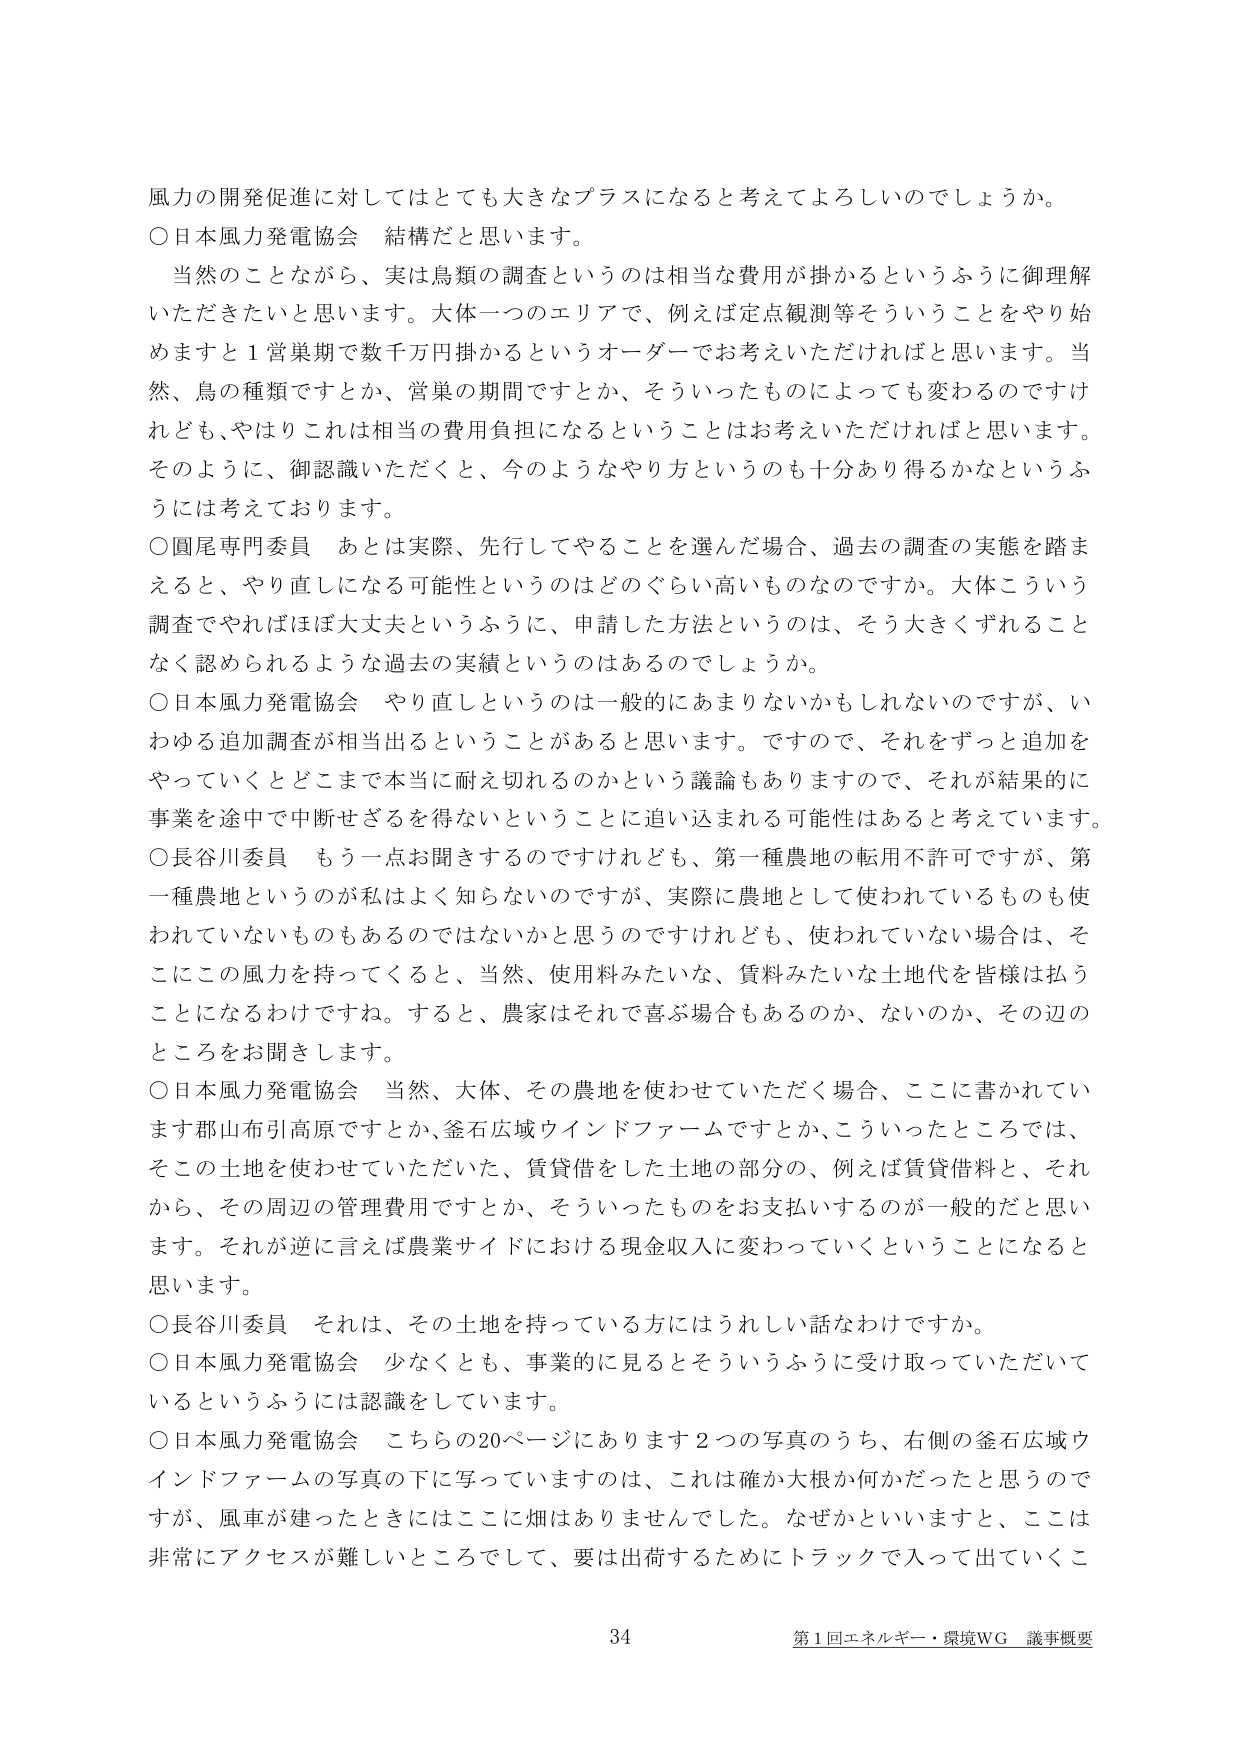
風力の開発促進に対してはとても大きなプラスになると考えてよろしいのでしょうか。
○日本風力発電協会　結構だと思います。
　当然のことながら、実は鳥類の調査というのは相当な費用が掛かるというふうに御理解いただきたいと思います。大体一つのエリアで、例えば定点観測等そういうことをやり始めますと１営巣期で数千万円掛かるというオーダーでお考えいただければと思います。当然、鳥の種類ですとか、営巣の期間ですとか、そういったものによっても変わるのですけれども、やはりこれは相当の費用負担になるということはお考えいただければと思います。そのように、御認識いただくと、今のようなやり方というのも十分あり得るかなというふうには考えております。
○圓尾専門委員　あとは実際、先行してやることを選んだ場合、過去の調査の実態を踏まえると、やり直しになる可能性というのはどのぐらい高いものなのでしょうか。大体こういう調査でやればほぼ大丈夫というふうに、申請した方法というのは、そう大きくずれることなく認められるような過去の実績というのはあるのでしょうか。
○日本風力発電協会　やり直しというのは一般的にあまりないかもしれないのですが、いわゆる追加調査が相当出るということがあると思います。ですので、それをずっと追加をやっていくとどこまで本当に耐え切れるのかという議論もありますので、それが結果的に事業を途中で中断せざるを得ないということに追い込まれる可能性はあると考えています。
○長谷川委員　もう一点お聞きするのですけれども、第一種農地の転用不許可ですが、第一種農地というのが私はよく知らないのですが、実際に農地として使われているものも使われていないものもあるのではないかなと思うのですけれども、使われていない場合は、そこにこの風力を持ってくると、当然、使用料みたいな、賃料みたいな土地代を皆様は払うことになるわけですね。すると、農家はそれで喜ぶ場合もあるのか、ないのか、その辺のところをお聞きします。
○日本風力発電協会　当然、大体、その農地を使わせていただく場合、ここに書かれています郡山布引高原ですとか、釜石広域ウインドファームですとか、こういったところでは、そこの土地を使わせていただいた、賃貸借をした土地の部分の、例えば賃貸借料と、それから、その周辺の管理費用ですとか、そういったものをお支払いするのが一般的だと思います。それが逆に言えば農業サイドにおける現金収入に変わっていくということになると思います。
○長谷川委員　それは、その土地を持っている方にはうれしい話なわけですか。
○日本風力発電協会　少なくとも、事業的に見るとそういうふうに受け取っていただいているというふうには認識をしています。
○日本風力発電協会　こちらの20ページにあります2つの写真のうち、右側の釜石広域ウインドファームの写真の下に書いていますのは、これは確か大根か何かだったと思うのですが、風車が建ったときにはここに畑はありませんでした。なぜかといいますと、ここは非常にアクセスが難しいところにして、要は出荷するためにトラックで入って出ていくこ

34
第1回エネルギー・環境WG　議事概要